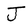
Character: J